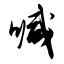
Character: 喊